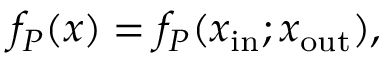
f _ { P } ( x ) = f _ { P } ( x _ { \mathrm { i n } } ; x _ { \mathrm { o u t } } ) ,